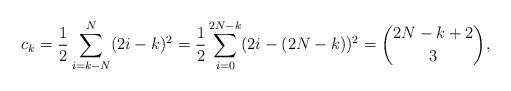
LaTeX: \begin{align*}c_k = \frac12 \sum_{i=k-N}^N (2i-k)^2 = \frac12 \sum_{i=0}^{2N-k} (2i -(2N-k))^2 ={2N-k+2 \choose 3},\end{align*}